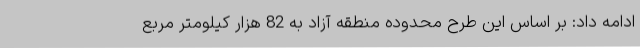
ادامه داد: بر اساس این طرح محدوده منطقه آزاد به 82 هزار کیلومتر مربع